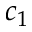
c _ { 1 }